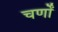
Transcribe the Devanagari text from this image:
चर्णों